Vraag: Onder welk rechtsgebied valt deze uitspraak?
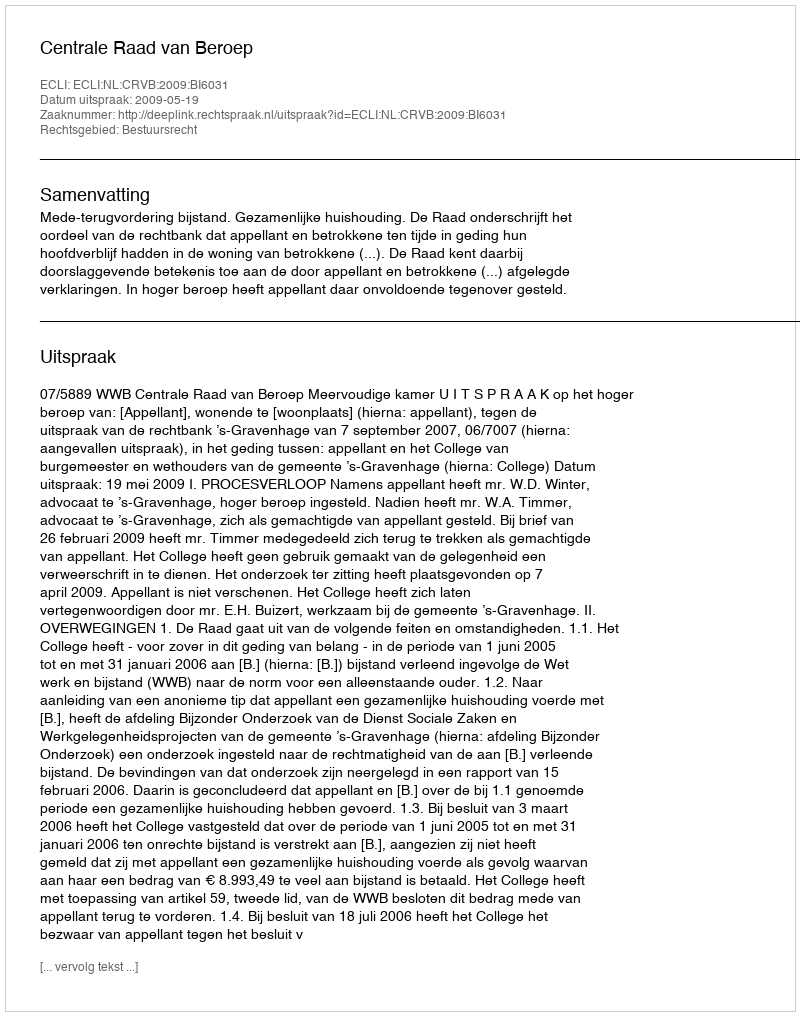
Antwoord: Bestuursrecht